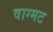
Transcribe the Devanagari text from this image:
वाग्मट